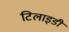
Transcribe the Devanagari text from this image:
टिलाइडी